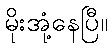
မိုးအုံ့နေပြီ။